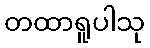
တထာရူပါသု